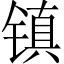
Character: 镇